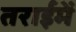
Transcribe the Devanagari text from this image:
तराईमें